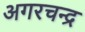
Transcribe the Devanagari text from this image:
अगरचन्द्र